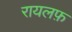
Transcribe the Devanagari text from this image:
रायलफ़